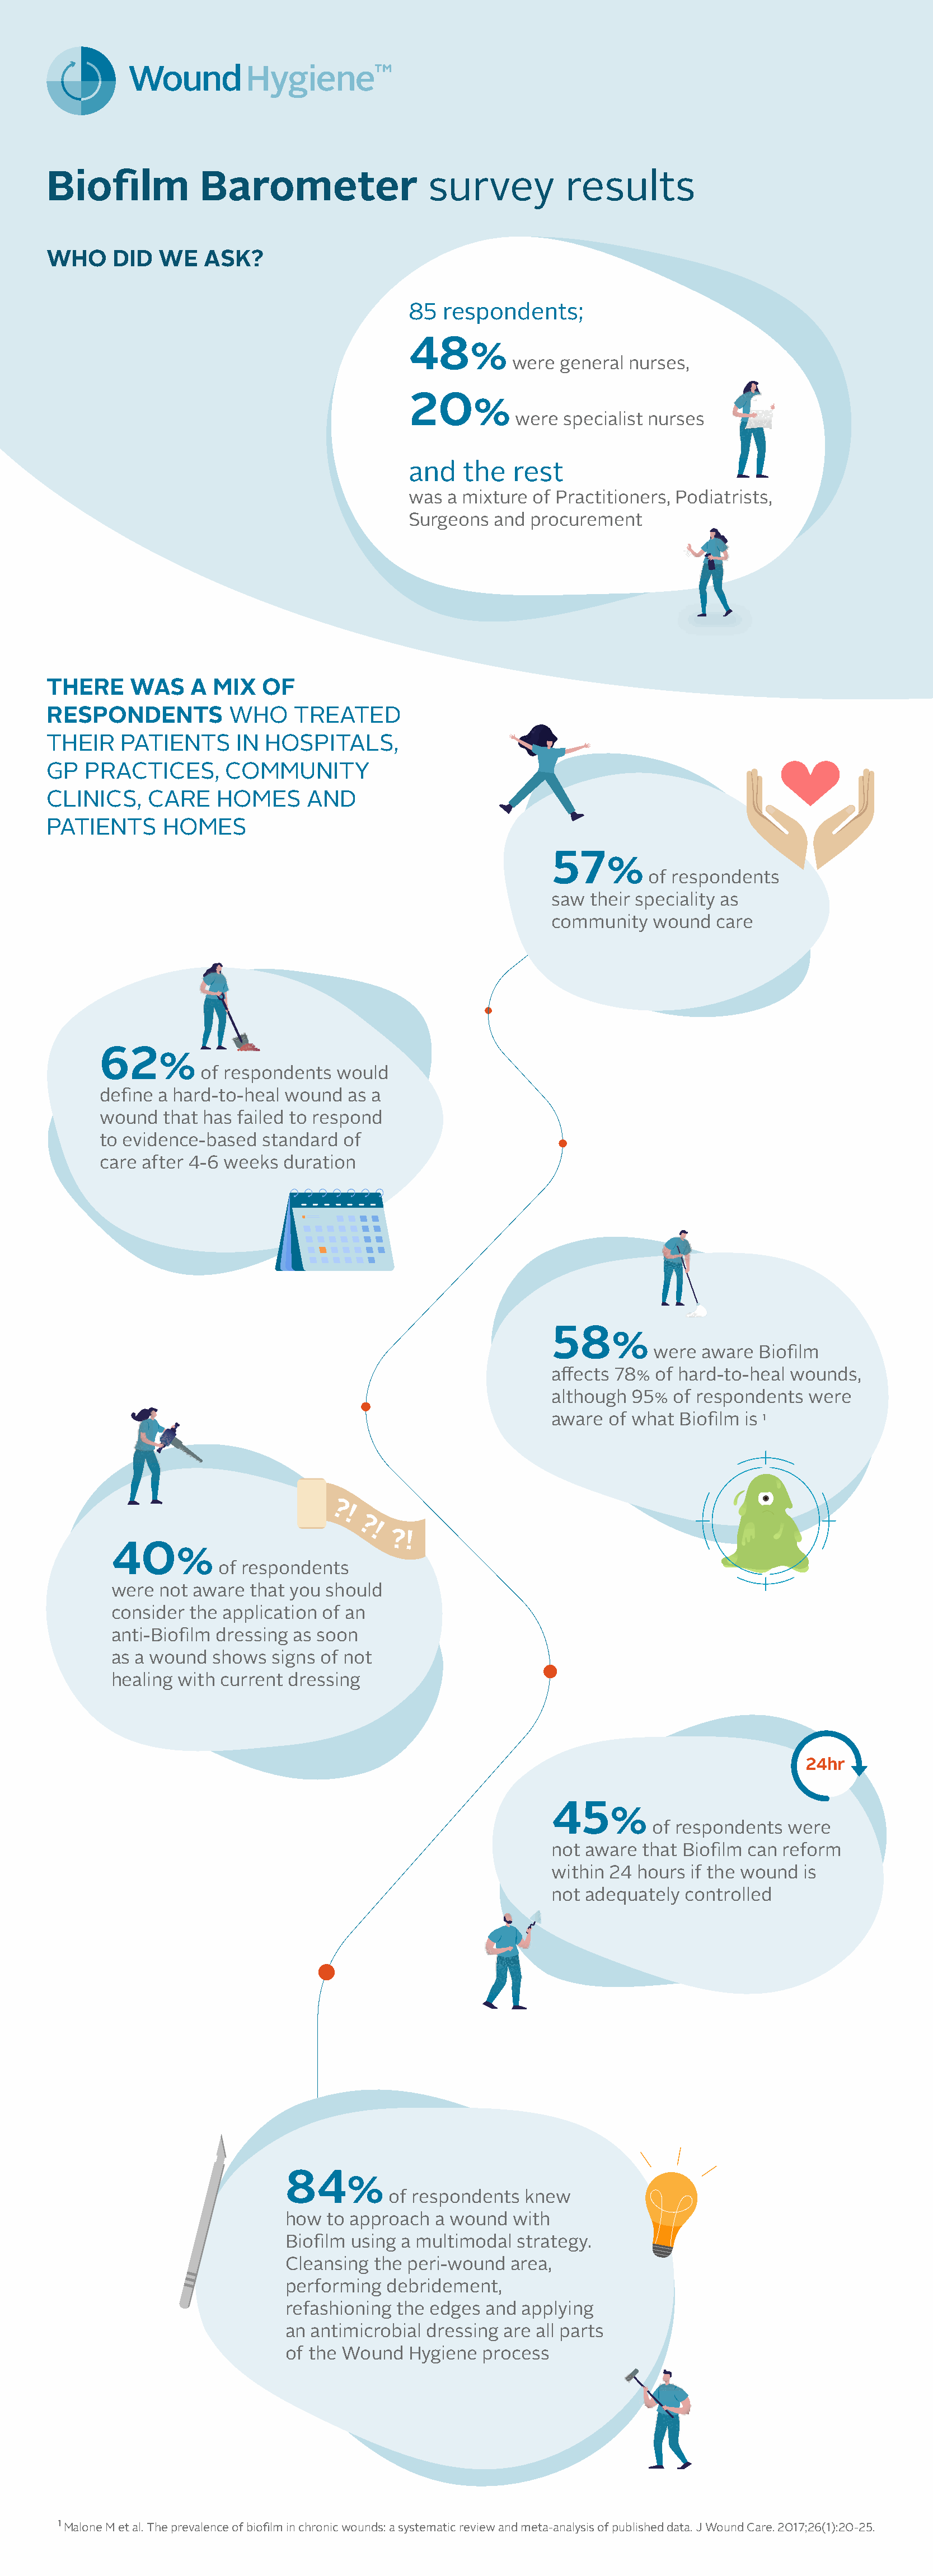
Biofilm           Barometer                  survey          results
 WHO    DID   WE   ASK?
 85  respondents;
 48%
 were general nurses,
 20%
 were  specialist nurses
 and    the   rest
 was  a mixture of Practitioners, Podiatrists,
 Surgeons  and  procurement
 THERE    WAS     A MIX   OF
 RESPONDENTS          WHO     TREATED
 THEIR   PATIENTS      IN HOSPITALS,
 GP  PRACTICES,       COMMUNITY
 CLINICS,   CARE     HOMES     AND
 PATIENTS     HOMES
 57%
 of respondents
 saw  their speciality as
 community   wound   care
 62%
 of respondents  would
 define a hard-to-heal wound  as a
 wound  that has failed to respond
 to evidence-based  standard  of
 care after 4-6 weeks  duration
 58%
 were  aware  Biofilm
 affects 78%  of hard-to-heal wounds,
 although  95%  of respondents  were
 aware  of what Biofilm is 1
 ?!
 ?
 !
 ?!
 40%
 of respondents
 were  not aware  that you should
 consider the application of an
 anti-Biofilm dressing as soon
 as a wound  shows  signs of not
 healing with current dressing
 24hr
 45%
 of respondents  were
 not aware  that Biofilm can reform
 within 24 hours  if the wound is
 not adequately  controlled
 84%
 of respondents  knew
 how  to approach a wound   with
 Biofilm using a multimodal strategy.
 Cleansing the peri-wound  area,
 performing  debridement,
 refashioning the edges and  applying
 an antimicrobial dressing are all parts
 of the Wound  Hygiene  process
 1 Malone M et al. The prevalence of biofilm in chronic wounds: a systematic review and meta-analysis of published data. J Wound Care. 2017;26(1):20-25.